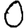
Digit: 0